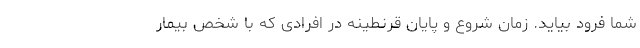
شما فرود بیاید. زمان شروع و پایان قرنطینه در افرادی که با شخص بیمار